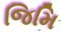
જિમિ